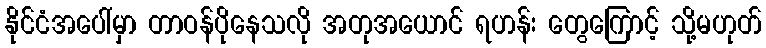
နိုင်ငံအပေါ်မှာ တာဝန်ပိုနေသလို အတုအယောင် ရဟန်း တွေကြောင့် သို့မဟုတ်